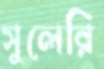
সুলেরি